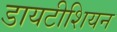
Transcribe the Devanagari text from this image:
डायटीशियन